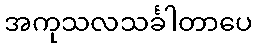
အကုသလသင်္ခါတာပေ